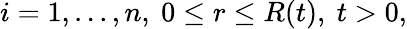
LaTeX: i=1,...,n,\ 0\leq r\leq R(t),\ t>0,